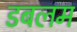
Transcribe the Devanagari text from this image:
डबलम